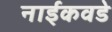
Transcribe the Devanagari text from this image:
नाईकवडे